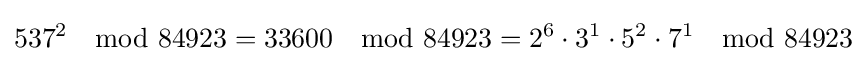
537^{2}\mod 84923=33600\mod 84923=2^{6}\cdot 3^{1}\cdot 5^{2}\cdot 7^{1}\mod 84923